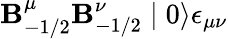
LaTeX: \mathbf{B}_{-1/2}^{\mu}\mathbf{B}_{-1/2}^{\nu}\mid0\rangle\epsilon_{\mu\nu}